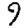
Digit: 9